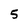
Character: 5